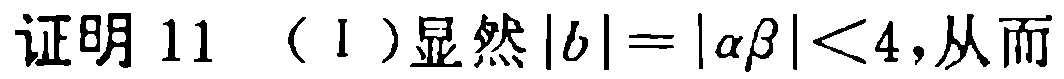
证明 11 （I）显然\(|b| = |\alpha\beta| < 4\)，从而